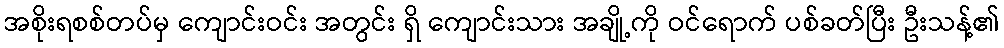
အစိုးရစစ်တပ်မှ ကျောင်းဝင်း အတွင်း ရှိ ကျောင်းသား အချို့ကို ဝင်ရောက် ပစ်ခတ်ပြီး ဦးသန့်၏